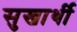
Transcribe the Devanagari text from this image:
सुखार्थी